Indian journal of veterinary science and animal husbandry - Volumes 28-29, 1958-1959
Year: 1958
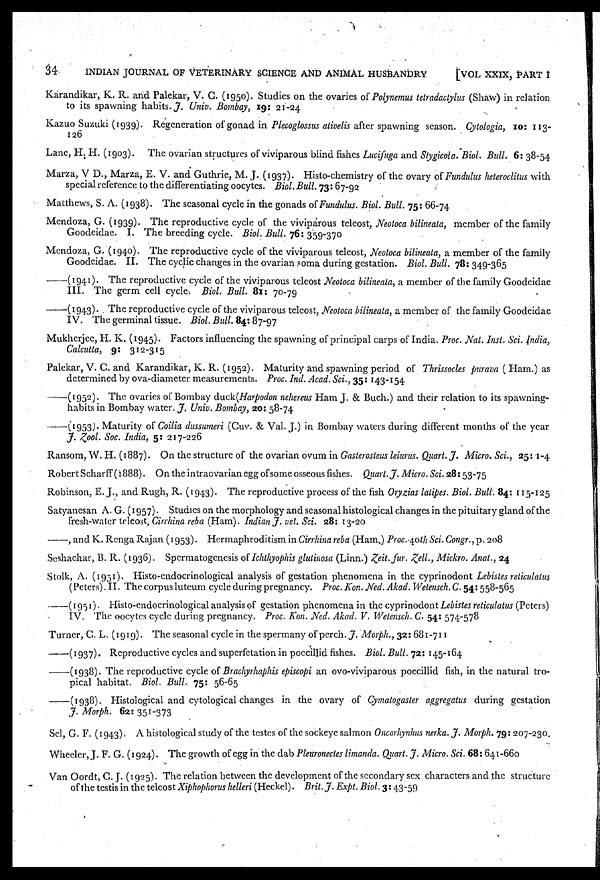
34
INDIAN JOURNAL OF VETERINARY SCIENCE AND ANIMAL HUSBANDRY
[VOL XXIX, PART I
Karandikar, K. R. and Palekar, V. C. (1950). Studies on the ovaries of Polynemus tetradactylus (Shaw) in relation
to its spawning habits. J. Univ. Bombay, 19: 21-24
Kazuo Suzuki (1939). Regeneration of gonad in Plecoglossus alivelis after spawning season. Cytologia, 10: 113-
126
Lane, H. H. (1903). The ovarian structures of viviparous blind fishes Lucifuga and Stygicoia. Biol. Bull. 6: 38-54
Marza, V D., Marza, E. V. and Guthrie, M. J. (1937). Histo-chemistry of the ovary of Fundulus heteroclitus with
special reference to the differentiating oocytes. Biol. Bull. 73: 67-92
Matthews, S. A. (1938). The seasonal cycle in the gonads of Fundulus. Biol. Bull. 75: 66-74
Mendoza, G. (1939). The reproductive cycle of the viviparous teleost, Neotoca bilineata, member of the family
Goodeidae. I. The breeding cycle. Biol. Bull. 76: 359-370
Mendoza, G. (1940). The reproductive cycle of the viviparous teleost, Neotoca bilineata, a member of the family
Goodeidae. II. The cyclic changes in the ovarian soma during gestation. Biol. Bull. 78: 349-365
——(1941). The reproductive cycle of the viviparous teleost Neotoca bilineata, a member of the family Goodeidae
III. The germ cell cycle. Biol. Bull. 81: 70-79
——(1943). The reproductive cycle of the viviparous teleost, Neotoca bilineata, a member of the family Goodeidae
IV. The germinal tissue. Biol. Bull. 84: 87-97
Mukherjee, H. K. (1945). Factors influencing the spawning of principal carps of India. Proc. Nat. Inst. Sci. India,
Calcutta, 9: 312-315
Palekar, V. C. and Karandikar, K. R. (1952). Maturity and spawning period of Thrissocles purava ( Ham.) as
determined by ova-diameter measurements. Proc. Ind. Acad. Sci., 35: 143-154
——(1952). The ovaries of Bombay duck(Harpodon nehereus Ham J. & Buch.) and their relation to its spawning-
habits in Bombay water. J. Univ. Bombay, 20: 58-74
——(1953). Maturity of Coilia dussumeri (Cuv. & Val. J.) in Bombay waters during different months of the year
J. Zool. Soc. India, 5: 217-226
Ransom, W. H. (1887). On the structure of the ovarian ovum in Gasterosteus leiurus. Quart. J. Micro. Sci., 25: 1-4
Robert Scharff (1888). On the intracvarian egg of some osseous fishes. Quart. J. Micro. Sci. 28: 53-75
Robinson, E. J., and Rugh, R. (1943). The reproductive process of the fish Oryzias latipes. Biol. Bull. 84: 115-125
Satyanesan A. G. (1957). Studies on the morphology and seasonal histological changes in the pituitary gland of the
fresh-water teleost, Cirrhina reba (Ham). Indian J. vet. Sci. 28: 13-20
——, and K. Renga Rajan (1953). Hermaphroditism in Cirrhina reba (Ham.) Proc. 40th Sci. Congr., p. 208
Seshachar, B. R. (1936). Spermatogenesis of Ichthyophis glutinosa (Linn.) Zeit. fur. Zell., Mickro. Anat., 24
Stolk, A. (1951). Histo-endocrinological analysis of gestation phenomena in the cyprinodont Lebistes reticulatus
(Peters). II. The corpus luteum cycle during pregnancy. Proc. Kon. Ned. Akad. Wetensch. C. 54: 558-565
——(1951). Histo-endocrinological analysis of gestation phenomena in the cyprinodont Lebistes reticulatus (Peters)
IV. The oocytes cycle during pregnancy. Proc. Kon. Ned. Akad. V. Wetensch. C. 54: 574-578
Turner, C. L. (1919). The seasonal cycle in the spermany of perch. J. Morph., 32: 681-711
——(1937). Reproductive cycles and superfetation in poecillid fishes. Biol. Bull. 72: 145-164
——(1938). The reproductive cycle of Brachyrhaphis episcopi an ovo-viviparous poecillid fish, in the natural tro-
pical habitat. Biol. Bull. 75: 56-65
——(1938). Histological and cytological changes in the ovary of Cymatogaster aggregatus during gestation
J. Morph. 62: 351-373
Sel, G. F. (1943). A histological study of the testes of the sockeye salmon Oncorhynhus nerka. J. Morph. 79: 207-230.
Wheeler, J. F. G. (1924). The growth of egg in the dab Pleuronectes limanda. Quart. J. Micro. Sci. 68: 641-660
Van Oordt, C. J. (1925). The relation between the development of the secondary sex characters and the structure
of the testis in the teleost Xiphophorus helleri (Heckel). Brit. J. Expt. Biol. 3: 43-59